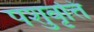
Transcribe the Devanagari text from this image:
पशुवृत्ति